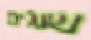
שוגים